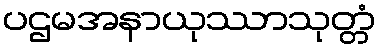
ပဌမအနာယုဿာသုတ္တံ